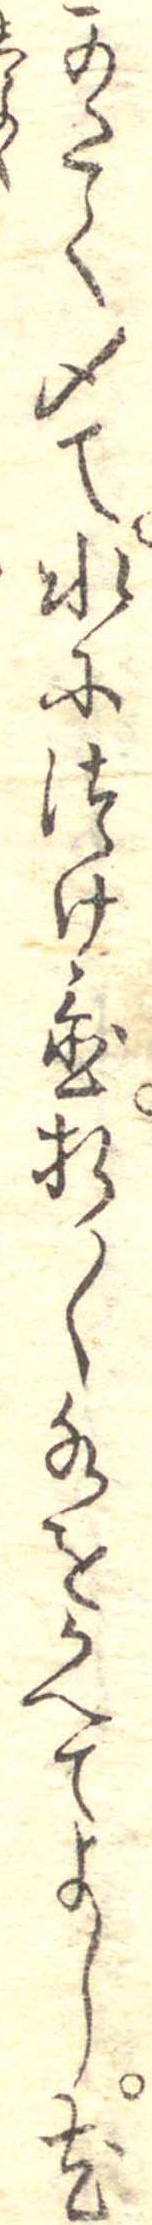
かたく〆て水につけ置折〱水をかへてよし尤